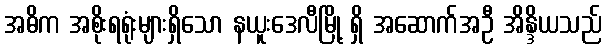
အဓိက အစိုးရရုံးများရှိသော နယူးဒေလီမြို့ ရှိ အဆောက်အဦ အိန္ဒိယသည်